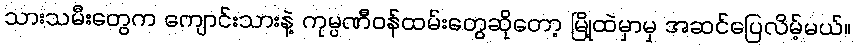
သားသမီးတွေက ကျောင်းသားနဲ့ ကုမ္ပဏီဝန်ထမ်းတွေဆိုတော့ မြို့ထဲမှာမှ အဆင်ပြေလိမ့်မယ်။